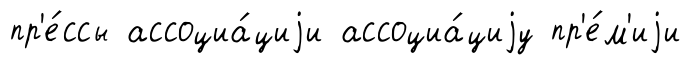
пр'е́ссы ассоциа́циjи ассоциа́циjу пр'е́м'иjи